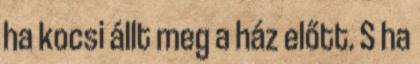
ha kocsi állt meg a ház előtt. S ha